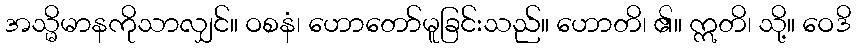
အသ္မိမာနကိုသာလျှင်။ ဝစနံ၊ ဟောတော်မူခြင်းသည်။ ဟောတိ၊ ၏။ ဣတိ၊ သို့။ ဝေဒိ